Virumaa_algkoolid, lk 52
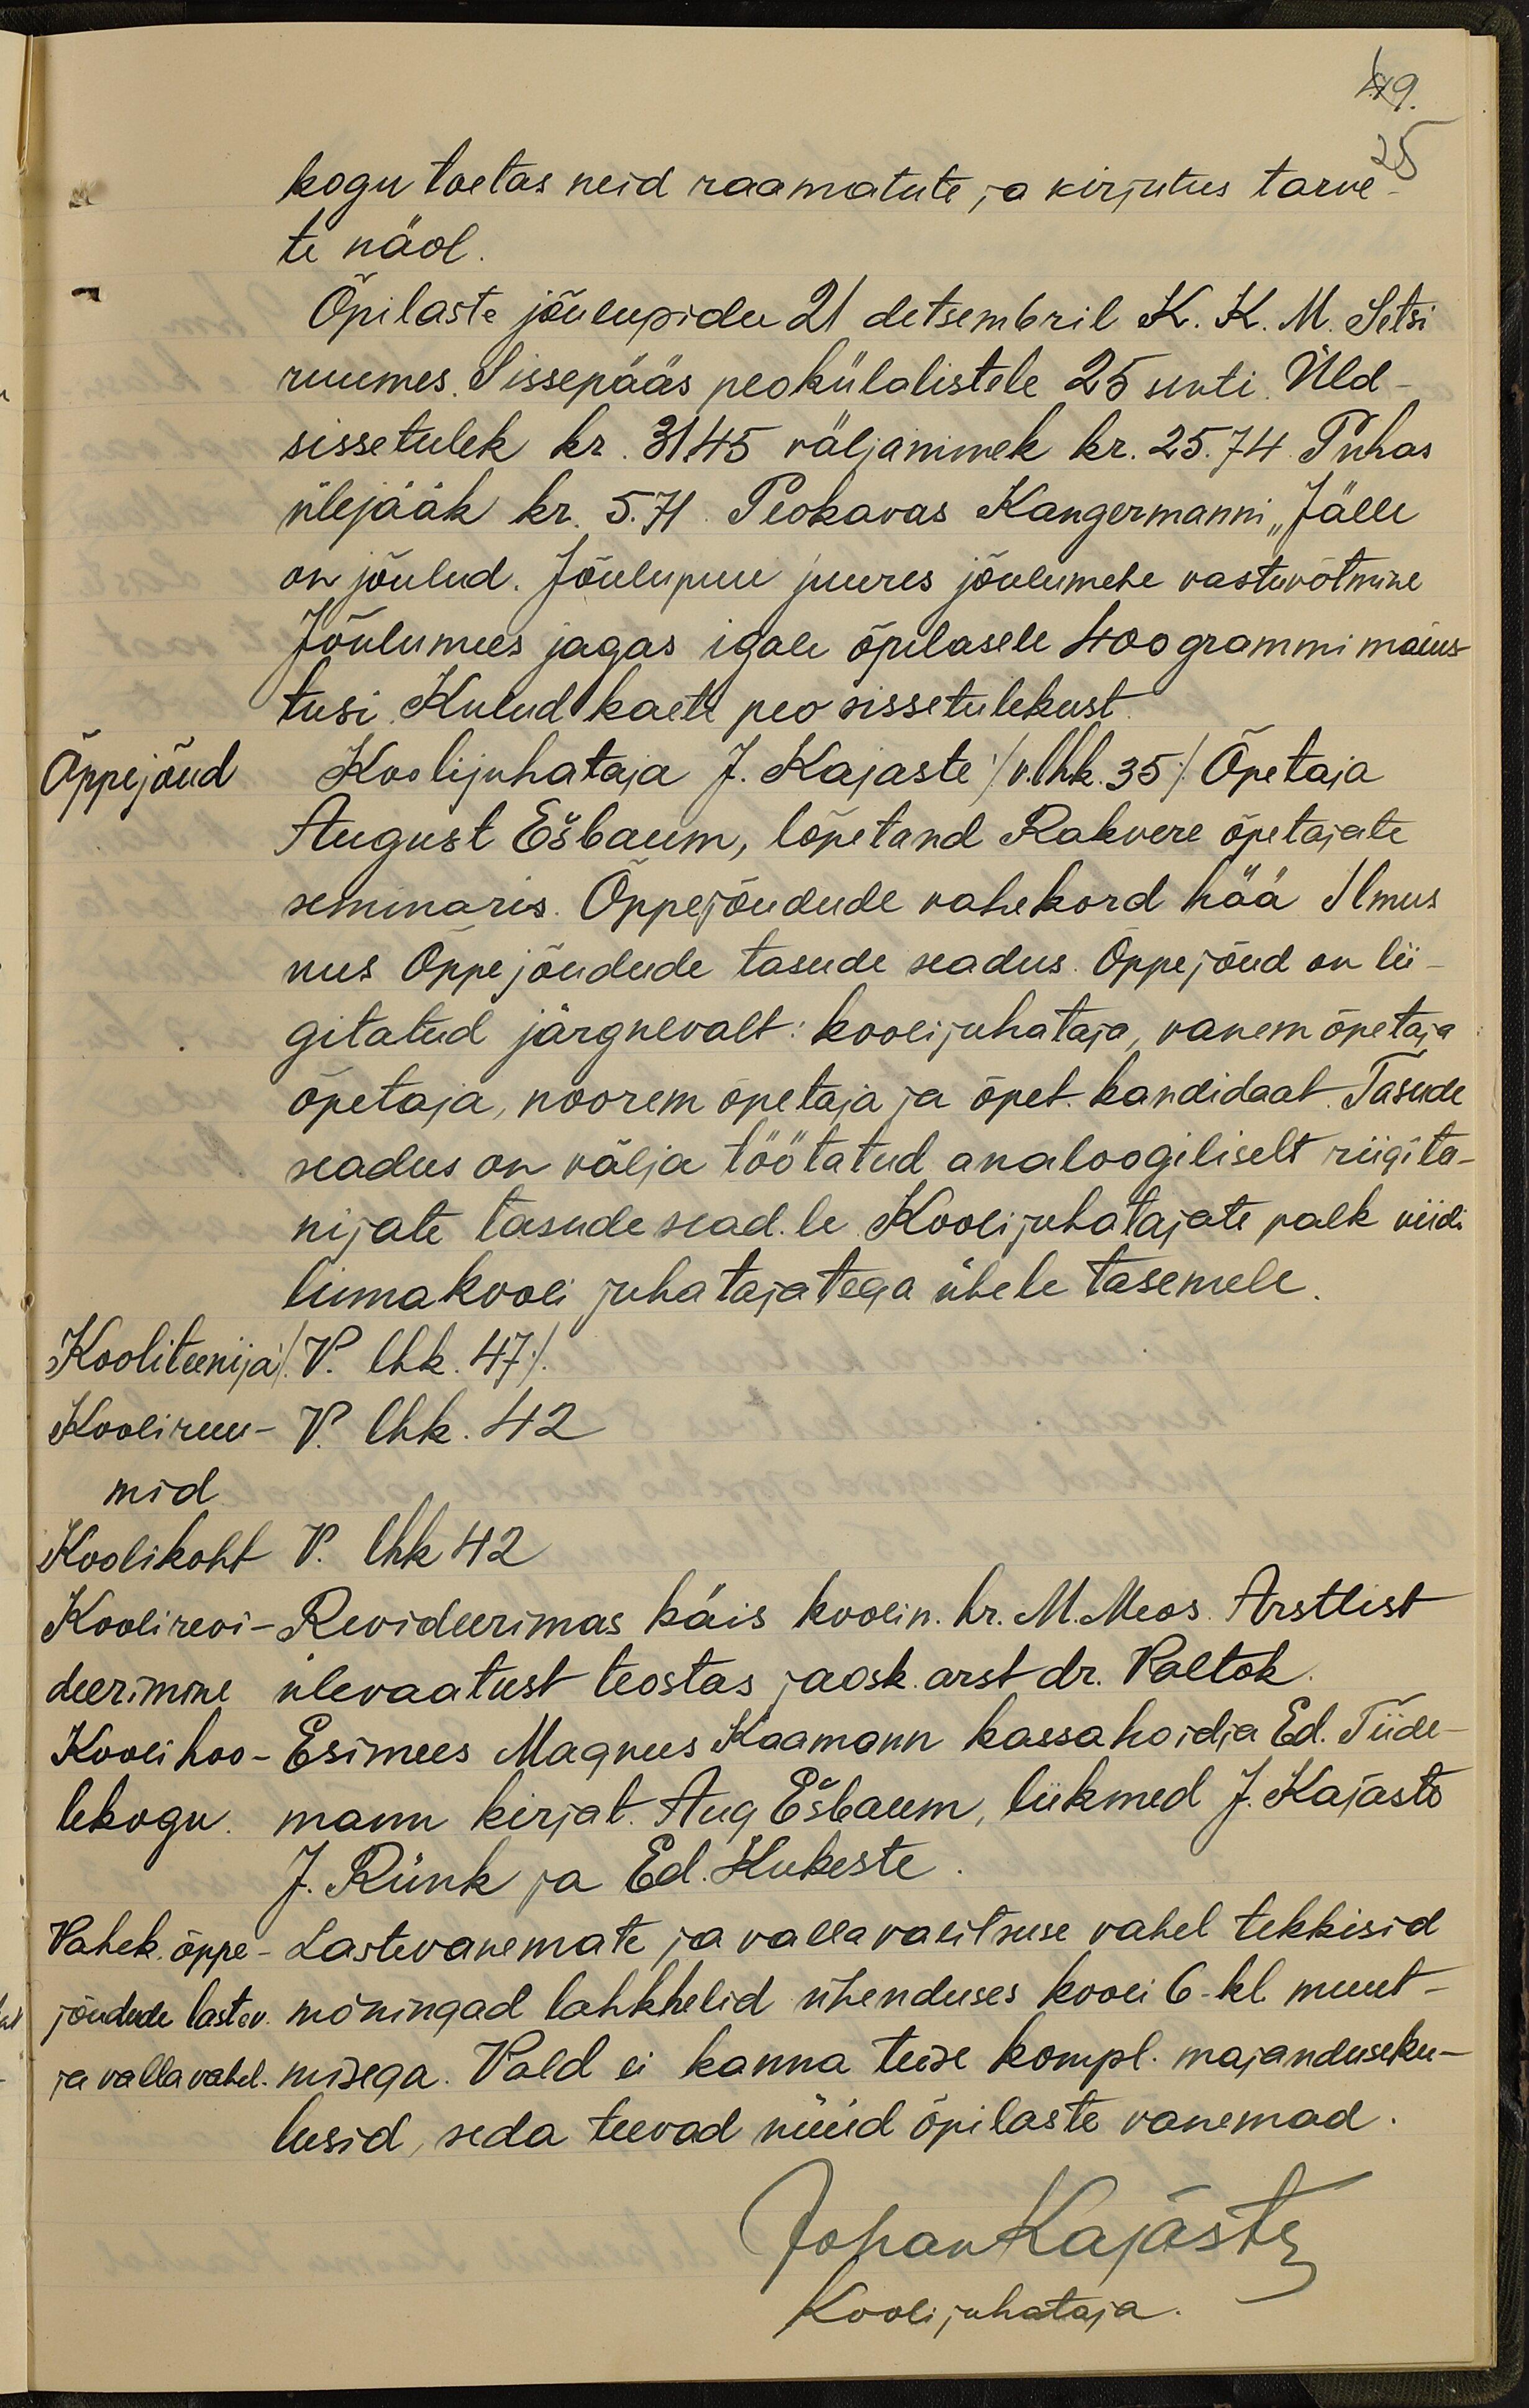
49
kogu toetas neid raamatute ja kirjutus tarve
25
te näol
Õpilaste jõulupidu 21 detsembril K. K. M. Setsi
ruumes. Sissepääs peokülalistele 25 senti. Üld-
sissetulek kr. 3145 väljaminek kr. 25.74 Puhas
ülejääk kr. 5.71. Peokavas Kangermanni "Jälle
on jõulud. Jõulupuu juures jõulumehe vastuvõtmine
Jõulumees jagas igale õpilasele 400 grammi maius-
tusi. Kulud kaeti peo sissetulekust.
Õppejõud
Koolijuhataja J. Kajaste /v. lhk 35/ Õpetaja
August Ešbaum, lõpetand Rakvere õpetajate
seminaris. Õppejõudude vahekord hää Ilmus
uus Õppe jõudude tasude seadus. Õppejõud on lii-
gitatud järgnevalt: koolijuhataja, vanemõpetaja
õpetaja, noorem õpetaja ja õpet. kandidaat. Tasude
seadus on välja töötatud analoogiliselt riigitee-
nijate tasude sead.le Koolijuhatajate palk viidi
linnakooli juhatajatega ühele tasemele
Kooliteenija
V. lhk. 47
Kooliruu-
V. lhk. 42
mid
Koolirevi-
Revideerimas käis koolin. hr. M. Meos. Arstlist
Koolikoht
V. lhk 42
deerimine
ülevaatust teostas jaosk. arst dr. Paltok
Kooli hoo-
Esimees Magnus Kaamann kassahoidja Ed. Tiide-
lekogu
mann kirjat. Aug. Ešbaum, liikmed J. Kajaste
J. Rünk ja Ed. Kukeste
Vahek õppe-
Lastevanemate ja vallavalitsuse vahel tekkisid
jõudude lastev.
mõningad lahkhelid ühenduses kooli 6-kl muut-
ja valla vahel.
misega. Vald ei kanna teise kompl. majanduseku-
lusid, seda teevad need õpilaste vanemad.
Johan Kajaste
Koolijuhataja